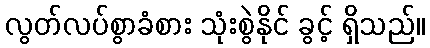
လွတ်လပ်စွာခံစား သုံးစွဲနိုင် ခွင့် ရှိသည်။